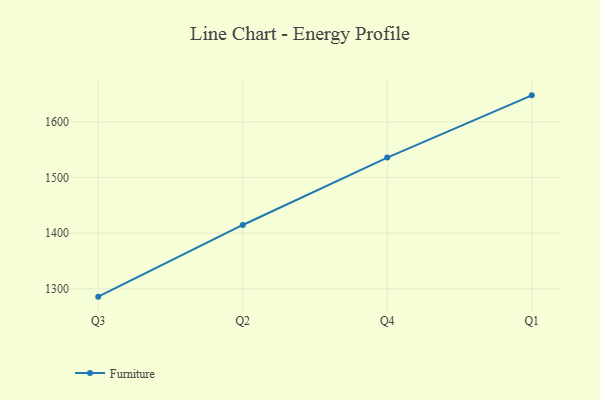
{"axis": {"x": "Quarter", "y": "Temperature (°C)"}, "legend": ["Furniture"], "data": [{"x": "Q3", "y": 1285.8, "type": "Furniture"}, {"x": "Q2", "y": 1414.6, "type": "Furniture"}, {"x": "Q4", "y": 1535.7, "type": "Furniture"}, {"x": "Q1", "y": 1647.5, "type": "Furniture"}]}